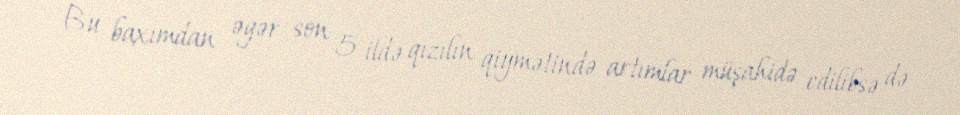
Bu baxımdan əgər son 5 ildə qızılın qiymətində artımlar müşahidə edilibsə də